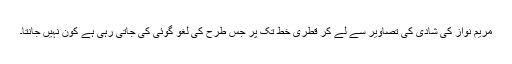
مریم نواز کی شادی کی تصاویر سے لے کر قطری خط تک پر جس طرح کی لغو گوئی کی جاتی رہی ہے کون نہیں جانتا۔